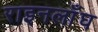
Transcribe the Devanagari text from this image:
राइनलाँघ